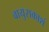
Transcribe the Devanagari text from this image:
वायुराकाशं